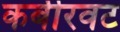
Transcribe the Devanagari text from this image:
कबीरवट